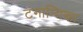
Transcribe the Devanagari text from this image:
टंगान्यिका